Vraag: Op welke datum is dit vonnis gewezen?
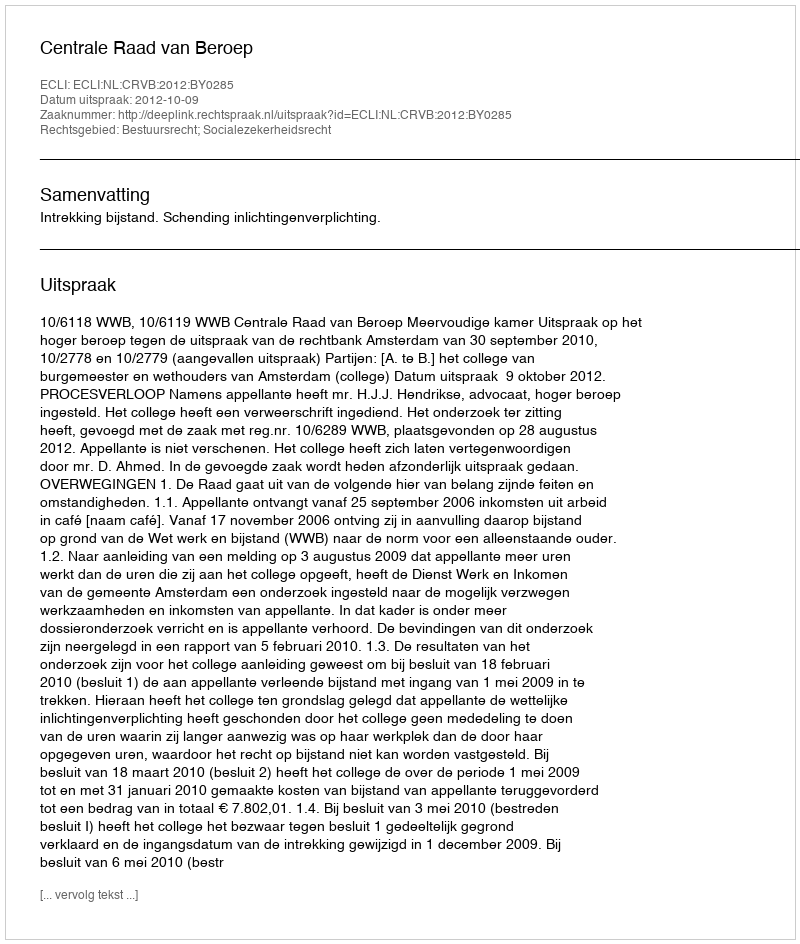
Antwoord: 2012-10-09